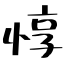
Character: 惇